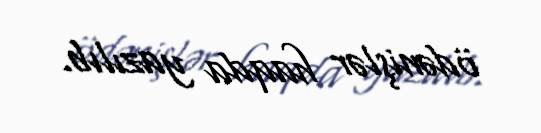
ödənişlər haqda yazılıb.